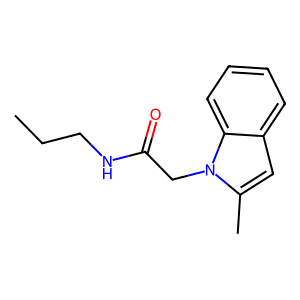
SMILES: CCCNC(=O)Cn1c(C)cc2ccccc21
Inhibits HIV replication: No